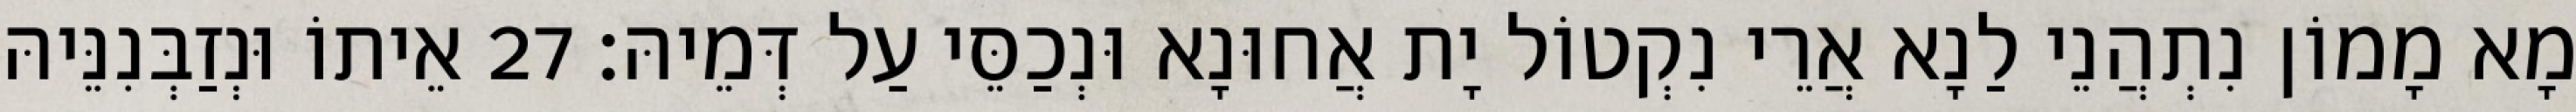
מָא מָמוֹן נִתְהֲנֵי לַנָא אֲרֵי נִקְטוֹל יָת אֲחוּנָא וּנְכַסֵּי עַל דְּמֵיהּ׃ 27 אֵיתוֹ וּנְזַבְּנִנֵּיהּ